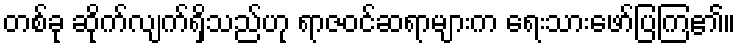
တစ်ခု ဆိုက်လျက်ရှိသည်ဟု ရာဇဝင်ဆရာများက ရေးသားဖော်ပြကြ၏။